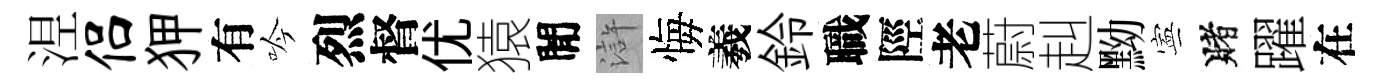
𣵀侣狎有吟烈督优猿閒滸悔羲鈴職陘老蔚赳黝寕賭躍在